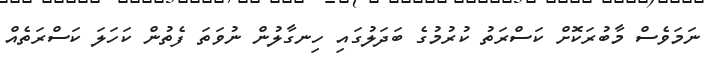
ނަމަވެސް މާބުރަކޮށް ކަސްރަތު ކުރުމުގެ ބަދަލުގައި ހިނގާލުން ނުވަތަ ފެތުން ކަހަލަ ކަސްރަތެއް